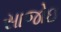
સાજોઇ